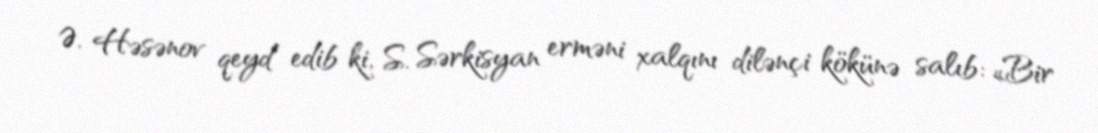
Ə. Həsənov qeyd edib ki, S. Sərkisyan erməni xalqını dilənçi kökünə salıb: «Bir